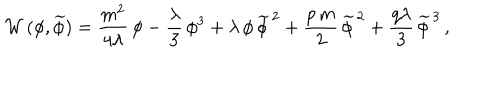
LaTeX: { \cal W } \, ( \phi , \widetilde \phi ) = \frac { m ^ { 2 } } { 4 \lambda } \, \phi - \frac { \lambda } { 3 } \, \phi ^ { 3 } + \lambda \, \phi \, \widetilde \phi ^ { \, 2 } + \frac { p \, m } { 2 } \, \widetilde \phi ^ { \, 2 } + \frac { q \lambda } { 3 } \, \widetilde \phi ^ { \, 3 } \, ,